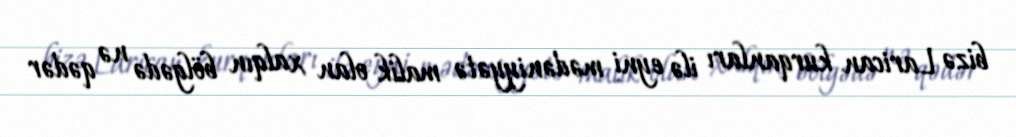
bizə Larican kurqanları ilə eyni mədəniyyətə malik olan xalqın bölgədə nə qədər